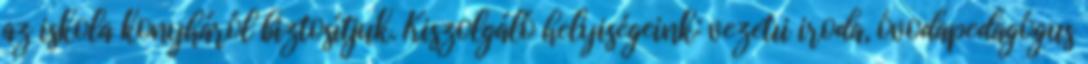
az iskola konyháról biztosítjuk. Kiszolgáló helyiségeink: vezetıi iroda, óvodapedagógus